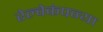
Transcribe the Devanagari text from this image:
रेल्वेकंपन्या